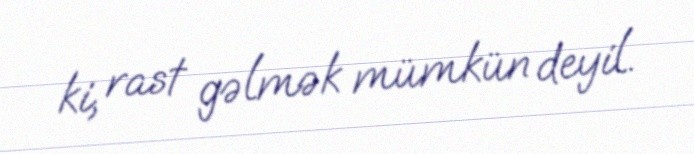
ki, rast gəlmək mümkün deyil.